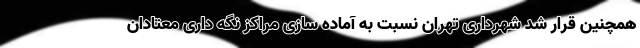
همچنین قرار شد شهرداری تهران نسبت به آماده سازی مراکز نگه داری معتادان